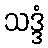
သဒ္ဒံ